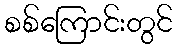
စစ်ကြောင်းတွင်